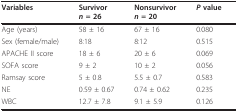
| Variables | Survivorn = 26 | Nonsurvivorn = 20 | P value |
 | --- | --- | --- | --- |
 | Age (years) | 58 ± 16 | 67 ± 16 | 0.080 |
 | Sex (female/male) | 8:18 | 8:12 | 0.515 |
 | APACHE II score | 18 ± 6 | 20 ± 6 | 0.069 |
 | SOFA score | 9 ± 2 | 10 ± 2 | 0.056 |
 | Ramsay score | 5 ± 0.8 | 5.5 ± 0.7 | 0.583 |
 | NE | 0.59 ± 0.67 | 0.74 ± 0.62 | 0.235 |
 | WBC | 12.7 ± 7.8 | 9.1 ± 5.9 | 0.126 |